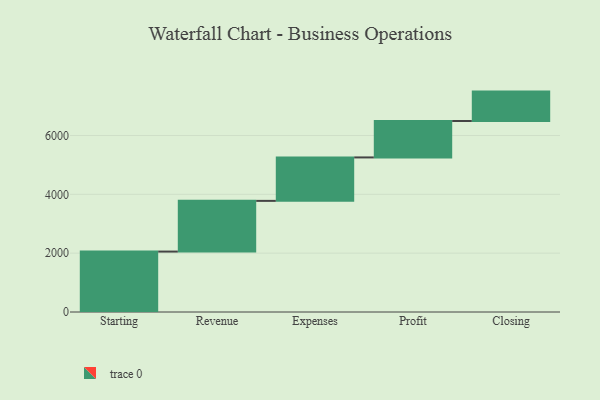
{"axis": {"x": "Step", "y": "Value"}, "legend": [""], "data": [{"x": "Starting", "y": 2054.0, "type": ""}, {"x": "Revenue", "y": 1724.0, "type": ""}, {"x": "Expenses", "y": 1477.0, "type": ""}, {"x": "Profit", "y": 1238.0, "type": ""}, {"x": "Closing", "y": 1000, "type": ""}]}